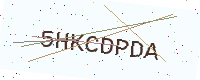
Text: 5HKCDPDA